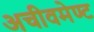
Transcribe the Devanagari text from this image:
अचीवमेण्ट